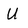
Character: U